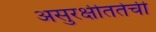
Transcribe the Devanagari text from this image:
असुरक्षीततेची